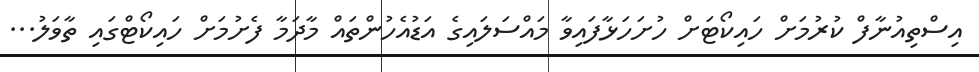
އިސްތިއުނާފް ކުރުމަށް ހައިކޯޓަށް ހުށަހަޅާފައިވާ މައްސަލައިގެ އަޑުއެހުންތައް މާދަމާ ފެށުމަށް ހައިކޯޓްގައި ތާވަލު...